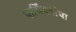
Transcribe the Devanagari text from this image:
पार्थियनांचा